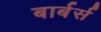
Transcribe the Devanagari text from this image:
बार्बर्स